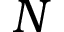
N